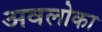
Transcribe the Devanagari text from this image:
अवलोका